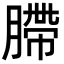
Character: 䐭